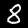
Digit: 8